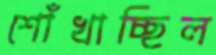
শোঁখাচ্ছিল